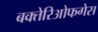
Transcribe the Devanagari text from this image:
बक्तेरिओफगेस